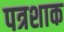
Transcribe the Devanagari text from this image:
पत्रशाक